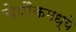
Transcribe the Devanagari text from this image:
चेपौकमध्ये